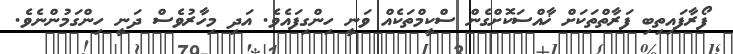
ފޯރާފައިތިބި ފަރާތްތަކަށް ޚާއްސަކޮށްގެން ސްކީމްތަކެއް ވަނީ ހިންގިފައެވެ. އަދި މިހާރުވެސް ދަނީ ހިންގަމުންނެވެ.